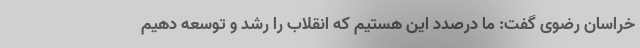
خراسان رضوی گفت: ما درصدد این هستیم که انقلاب را رشد و توسعه دهیم